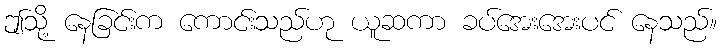
ဤသို့ နေခြင်းက ကောင်းသည်ဟု ယူဆကာ ခပ်အေးအေးပင် နေသည်။